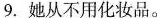
9.她从不用化妆品。